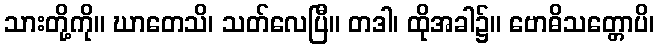
သားတို့ကို။ ဃာတေသိ၊ သတ်လေပြီ။ တဒါ၊ ထိုအခါ၌။ ဗောဓိသတ္တောပိ၊